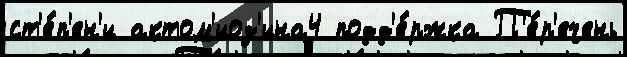
ст'е́п'ен'и актом'иоз'ина4 подд'е́ржка П'е́р'ечень